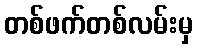
တစ်ဖက်တစ်လမ်းမှ